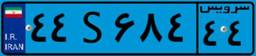
۸۸S۱۸۳۷۲